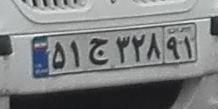
۵۱ج۳۲۸۹۱